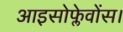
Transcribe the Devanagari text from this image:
आइसोफ्लेवोंस।